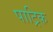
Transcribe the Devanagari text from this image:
पाट्रिक